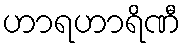
ဟာရဟာရိဏီ